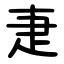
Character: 疌